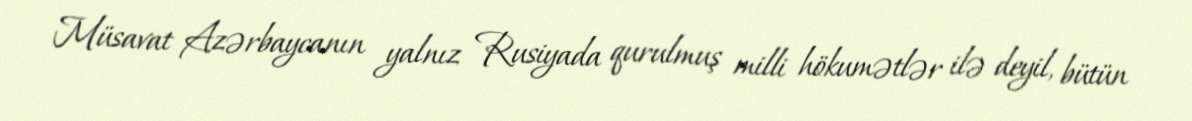
Müsavat Azərbaycanın yalnız Rusiyada qurulmuş milli hökumətlər ilə deyil, bütün